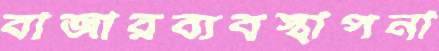
বাজারব্যবস্থাপনা